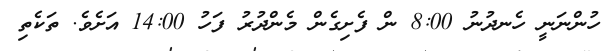
ހުންނަނީ ހެނދުނު 8:00 ން ފެށިގެން މެންދުރު ފަހު 14:00 އަށެވެ. ތަކެތި